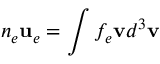
n _ { e } \mathbf { u } _ { e } = \int f _ { e } \mathbf { v } d ^ { 3 } \mathbf { v }